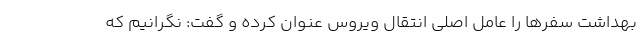
بهداشت سفرها را عامل اصلی انتقال ویروس عنوان کرده و گفت: نگرانیم که